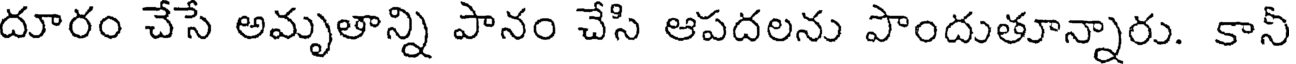
దూరం చేసే అమృతాన్ని పానం చేసి ఆపదలను పొందుతూన్నారు. కానీ